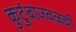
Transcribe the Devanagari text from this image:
कुटुंबाजवळची